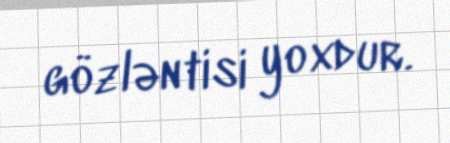
gözləntisi yoxdur.